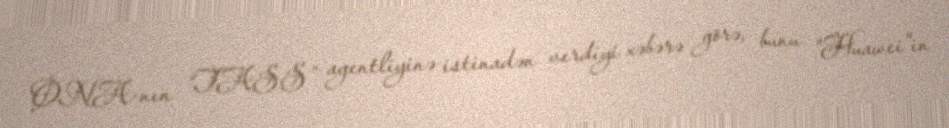
ONA-nın “TASS” agentliyinə istinadən verdiyi xəbərə görə, bunu "Huawei"in